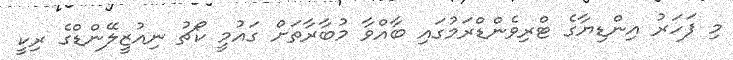
މި ފަހަރު އިންޑިޔާގެ ޓްރިވެންޑްރަމުގައި ބާއްވާ މުބާރާތަށް ގައުމީ ކޯޗު ނިއުޒީލޭންޑްގެ ރިކީ